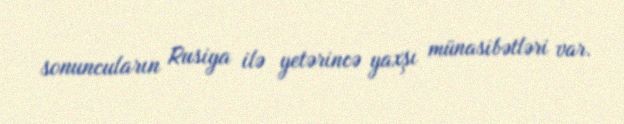
sonuncuların Rusiya ilə yetərincə yaxşı münasibətləri var.